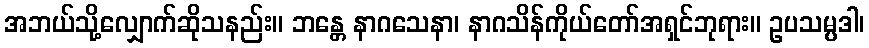
အဘယ်သို့လျှောက်ဆိုသနည်း။ ဘန္တေ နာဂသေနာ၊ နာဂသိန်ကိုယ်တော်အရှင်ဘုရား။ ဥပသမ္ပဒါ၊